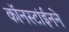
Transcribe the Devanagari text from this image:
कॉनस्टांईनने